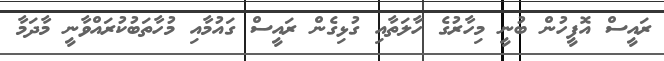
ރައީސް އޮފީހުން ބުނީ މިހާރުގެ ހާލަތާއި ގުޅިގެން ރައީސް ގައުމާއި މުހާތަބުކުރައްވާނީ މާދަމާ